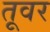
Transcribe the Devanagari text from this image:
तूवर